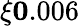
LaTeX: \xi\le 0.006